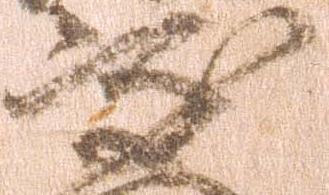
岐